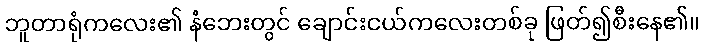
ဘူတာရုံကလေး၏ နံဘေးတွင် ချောင်းငယ်ကလေးတစ်ခု ဖြတ်၍စီးနေ၏။